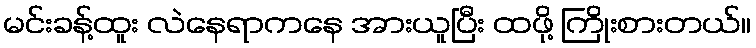
မင်းခန့်ထူး လဲနေရာကနေ အားယူပြီး ထဖို့ ကြိုးစားတယ်။